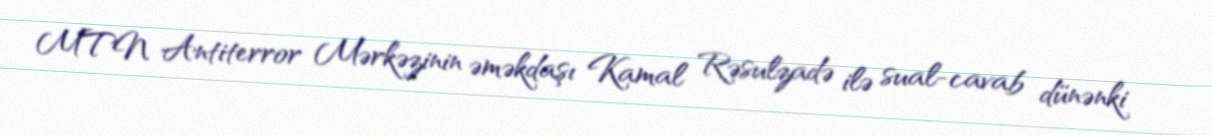
MTN Antiterror Mərkəzinin əməkdaşı Kamal Rəsulzadə ilə sual-cavab dünənki